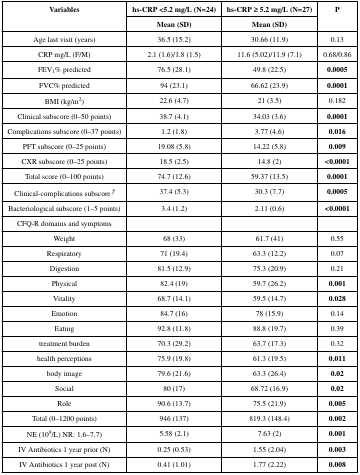
<table><thead><tr><td rowspan="2"><b>Variables</b></td><td><b>hs-CRP &lt;5.2 mg/L (N=24)</b></td><td><b>hs-CRP ≥ 5.2 mg/L (N=27)</b></td><td rowspan="2"><b>P</b></td></tr><tr><td><b>Mean (SD)</b></td><td><b>Mean (SD)</b></td></tr></thead><tbody><tr><td>Age last visit (years)</td><td>36.5 (15.2)</td><td>30.66 (11.9)</td><td>0.13</td></tr><tr><td>CRP mg/L (F/M)</td><td>2.1 (1.6)/1.8 (1.5)</td><td>11.6 (5.02)/11.9 (7.1)</td><td>0.68/0.86</td></tr><tr><td>FEV<sub>1</sub>% predicted</td><td>76.5 (28.1)</td><td>49.8 (22.5)</td><td><b>0.0005</b></td></tr><tr><td>FVC% predicted</td><td>94 (23.1)</td><td>66.62 (23.9)</td><td><b>0.0001</b></td></tr><tr><td>BMI (kg/m<sup>2</sup>)</td><td>22.6 (4.7)</td><td>21 (3.5)</td><td>0.182</td></tr><tr><td>Clinical subscore (0–50 points)</td><td>38.7 (4.1)</td><td>34.03 (3.6)</td><td><b>0.0001</b></td></tr><tr><td>Complications subscore (0–37 points)</td><td>1.2 (1.8)</td><td>3.77 (4.6)</td><td><b>0.016</b></td></tr><tr><td>PFT subscore (0–25 points)</td><td>19.08 (5.8)</td><td>14.22 (5.8)</td><td><b>0.009</b></td></tr><tr><td>CXR subscore (0–25 points)</td><td>18.5 (2.5)</td><td>14.8 (2)</td><td><b>&lt;0.0001</b></td></tr><tr><td>Total score (0–100 points)</td><td>74.7 (12.6)</td><td>59.37 (13.5)</td><td><b>0.0001</b></td></tr><tr><td>Clinical-complications subscore†</td><td>37.4 (5.3)</td><td>30.3 (7.7)</td><td><b>0.0005</b></td></tr><tr><td>Bacteriological subscore (1–5 points)</td><td>3.4 (1.2)</td><td>2.11 (0.6)</td><td><b>&lt;0.0001</b></td></tr><tr><td>CFQ-R domains and symptoms</td><td></td><td></td><td></td></tr><tr><td>Weight</td><td>68 (33)</td><td>61.7 (41)</td><td>0.55</td></tr><tr><td>Respiratory</td><td>71 (19.4)</td><td>63.3 (12.2)</td><td>0.07</td></tr><tr><td>Digestion</td><td>81.5 (12.9)</td><td>75.3 (20.9)</td><td>0.21</td></tr><tr><td>Physical</td><td>82.4 (19)</td><td>59.7 (26.2)</td><td><b>0.001</b></td></tr><tr><td>Vitality</td><td>68.7 (14.1)</td><td>59.5 (14.7)</td><td><b>0.028</b></td></tr><tr><td>Emotion</td><td>84.7 (16)</td><td>78 (15.9)</td><td>0.14</td></tr><tr><td>Eating</td><td>92.8 (11.8)</td><td>88.8 (19.7)</td><td>0.39</td></tr><tr><td>treatment burden</td><td>70.3 (29.2)</td><td>63.7 (17.3)</td><td>0.32</td></tr><tr><td>health perceptions</td><td>75.9 (19.8)</td><td>61.3 (19.5)</td><td><b>0.011</b></td></tr><tr><td>body image</td><td>79.6 (21.6)</td><td>63.3 (26.4)</td><td><b>0.02</b></td></tr><tr><td>Social</td><td>80 (17)</td><td>68.72 (16.9)</td><td><b>0.02</b></td></tr><tr><td>Role</td><td>90.6 (13.7)</td><td>75.5 (21.9)</td><td><b>0.005</b></td></tr><tr><td>Total (0–1200 points)</td><td>946 (137)</td><td>819.3 (148.4)</td><td><b>0.002</b></td></tr><tr><td>NE (10<sup>9</sup>/L) NR: 1.6–7.7)</td><td>5.58 (2.1)</td><td>7.63 (2)</td><td><b>0.001</b></td></tr><tr><td>IV Antibiotics 1 year prior (N)</td><td>0.25 (0.53)</td><td>1.55 (2.04)</td><td><b>0.003</b></td></tr><tr><td>IV Antibiotics 1 year post (N)</td><td>0.41 (1.01)</td><td>1.77 (2.22)</td><td><b>0.008</b></td></tr></tbody></table>